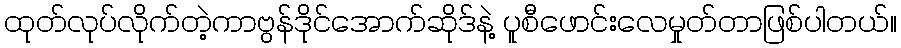
ထုတ်လုပ်လိုက်တဲ့ကာဗွန်ဒိုင်အောက်ဆိုဒ်နဲ့ ပူစီဖောင်းလေမှုတ်တာဖြစ်ပါတယ်။